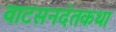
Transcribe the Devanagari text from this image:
वाटसनदंतकथा